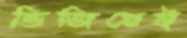
ভিজিয়েই